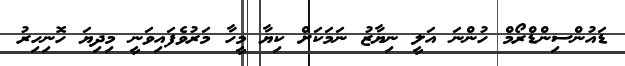
ޑައުންސިންޑްރޯމް ހުންނަ އަލީ ނިޔާޒު ނަމަކަށް ކިޔާ މީހާ މަރުވެފައިވަނީ މިދިޔަ ހޮނިހިރު